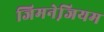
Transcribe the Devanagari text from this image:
जिमनेजि़यम